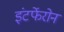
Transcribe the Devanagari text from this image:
इंटर्फेरोन